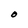
Character: O